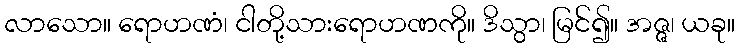
လာသော။ ရောဟဏံ၊ ငါတို့သားရောဟဏကို။ ဒိသွာ၊ မြင်၍။ အဇ္ဇ၊ ယခု။